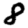
Digit: 8